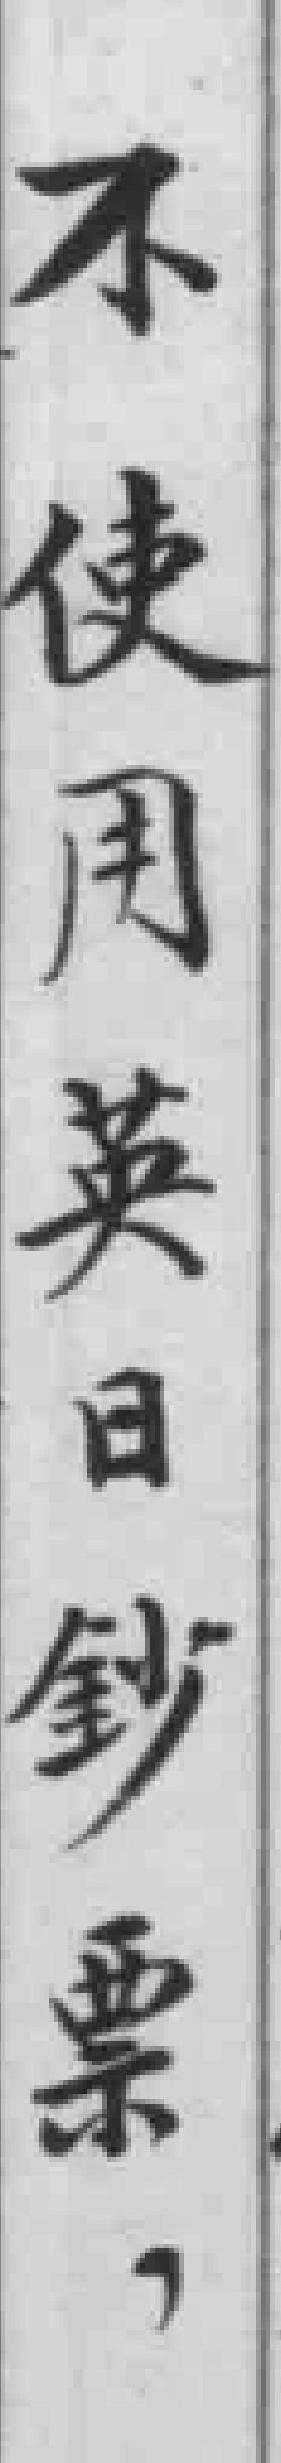
不使用英日钞票